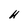
Character: H